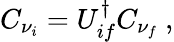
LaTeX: C_{\nu_{i}}=U_{if}^{\dagger}C_{\nu_{f}}\ ,